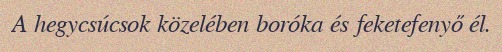
A hegycsúcsok közelében boróka és feketefenyő él.